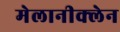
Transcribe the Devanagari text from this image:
मेलानीक्लेन